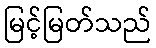
မြင့်မြတ်သည်